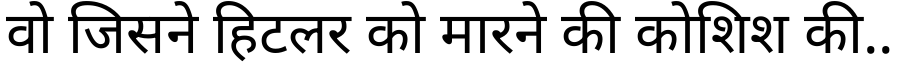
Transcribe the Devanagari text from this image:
वो जिसने हिटलर को मारने की कोशिश की..